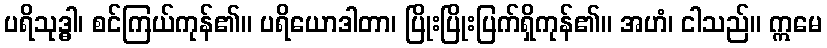
ပရိသုဒ္ဓါ၊ စင်ကြယ်ကုန်၏။ ပရိယောဒါတာ၊ ပြိုးပြိုးပြက်ရှိကုန်၏။ အဟံ၊ ငါသည်။ ဣမေ